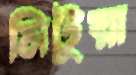
মিটুয়া